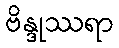
ဗိန္ဒုဿရာ